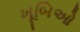
ખૂબિઓ